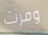
وفرت